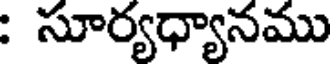
: సూర్యధ్యానము